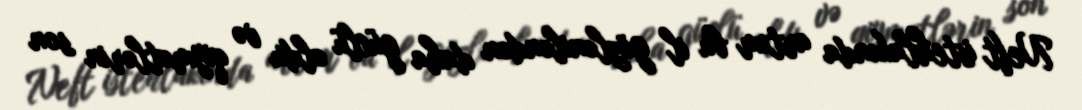
Neft istehlakında artım bu il gözləniləndən daha güclü oldu və qiymətlərin son